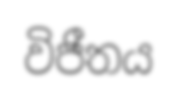
විජීතය